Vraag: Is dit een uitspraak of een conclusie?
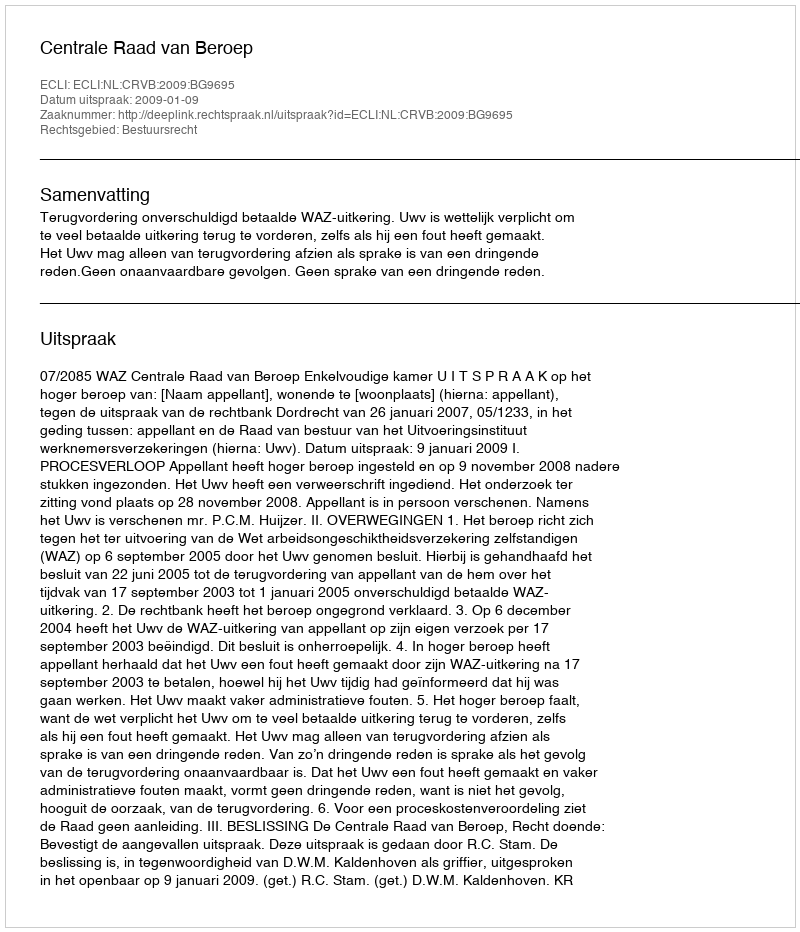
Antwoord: Uitspraak